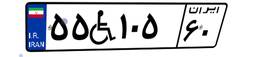
۵۵W۱۰۵۶۰